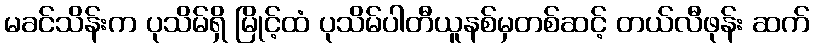
မခင်သိန်းက ပုသိမ်ရှိ မြိုင့်ထံ ပုသိမ်ပါတီယူနစ်မှတစ်ဆင့် တယ်လီဖုန်း ဆက်